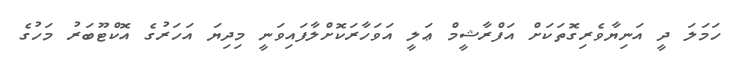
ހަމަލަ ދީ އަނިޔާވެރިގޮތަކަށް އަފްރާޝީމް ޢަލީ އަވަހާރަކޮށްލާފައިވަނީ މިދިޔަ އަހަރުގެ އޮކްޓޫބަރު މަހުގެ